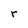
Character: r